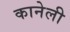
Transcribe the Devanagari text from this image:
कानेली